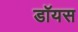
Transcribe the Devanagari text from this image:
डॉयस